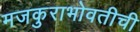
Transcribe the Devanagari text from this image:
मजकुराभोवतीची